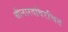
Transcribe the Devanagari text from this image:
श्रीनारदविरचित